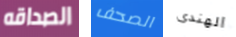
الصداقه الصحف الهندى